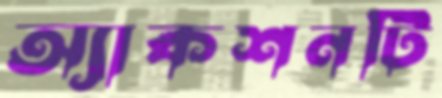
অ্যাকশনটি